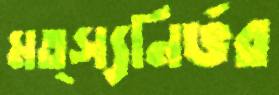
মত্স্যনির্ভর